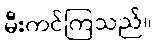
မီးကင်ကြသည်။